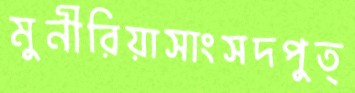
মুনীরিয়াসাংসদপুত্